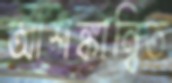
আশঙ্কান্বিত